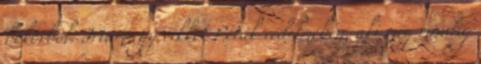
bokorból. Írtam egy cikket Peták védelmében, aki még mindig